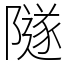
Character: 隧